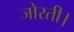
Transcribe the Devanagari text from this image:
जोरती।